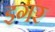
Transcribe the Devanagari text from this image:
इगर